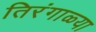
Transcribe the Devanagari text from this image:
तिरंगाळ्या